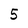
Character: 5